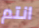
انتم